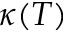
\kappa ( T )